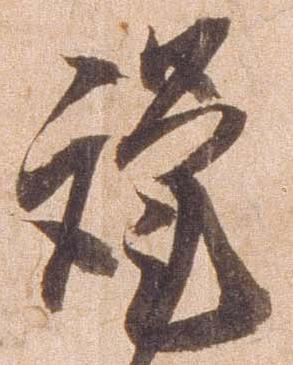
謹